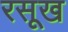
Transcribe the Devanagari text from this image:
रसूख